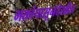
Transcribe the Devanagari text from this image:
भक्तांपासूनदेखील